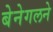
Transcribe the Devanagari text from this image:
बेनेगलने